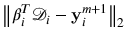
\left\| \boldsymbol { \beta } _ { i } ^ { T } \mathcal { D } _ { i } - \mathbf { y } _ { i } ^ { m + 1 } \right\| _ { 2 }